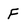
Character: F